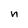
Character: n